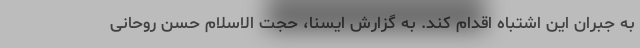
به جبران این اشتباه اقدام کند. به گزارش ایسنا، حجت الاسلام حسن روحانی